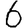
Digit: 6